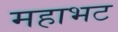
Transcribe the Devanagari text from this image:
महाभट